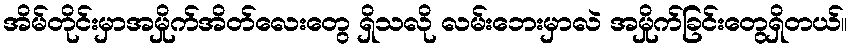
အိမ်တိုင်းမှာအမှိုက်အိတ်လေးတွေ ရှိသလို လမ်းဘေးမှာလဲ အမှိုက်ခြင်းတွေရှိတယ်။